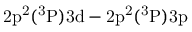
\mathrm { 2 p ^ { 2 } ( ^ { 3 } P ) 3 d - 2 p ^ { 2 } ( ^ { 3 } P ) 3 p }